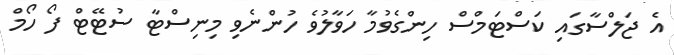
އެ ޖަލްސާގައި ކަސްޓަމްސް ހިންގެވުމާ ހަވާލުވެ ހުންނެވި މިނިސްޓާ ސުޓޭޓް ފޯ ހޯމް